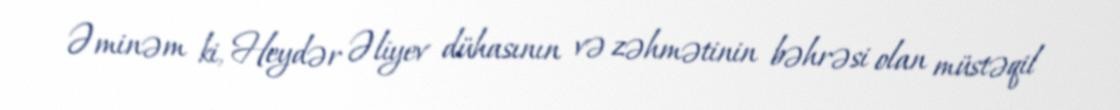
Əminəm ki, Heydər Əliyev dühasının və zəhmətinin bəhrəsi olan müstəqil